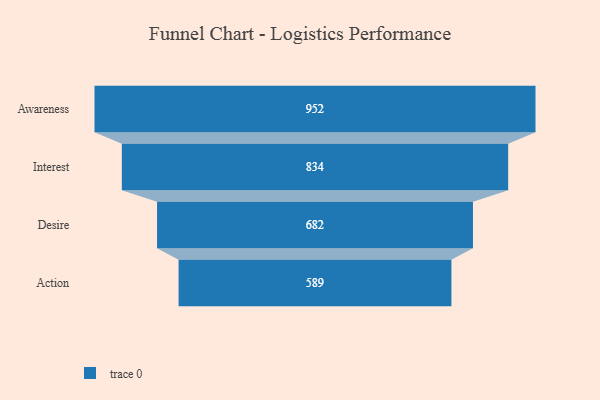
{"axis": {"x": "Stage", "y": "Value"}, "legend": [""], "data": [{"x": "Awareness", "y": 952.0, "type": ""}, {"x": "Interest", "y": 834.0, "type": ""}, {"x": "Desire", "y": 682.0, "type": ""}, {"x": "Action", "y": 589.0, "type": ""}]}